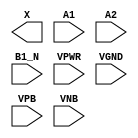
module sky130_fd_sc_hd__a21bo (
    X   ,
    A1  ,
    A2  ,
    B1_N,
    VPWR,
    VGND,
    VPB ,
    VNB
);

    output X   ;
    input  A1  ;
    input  A2  ;
    input  B1_N;
    input  VPWR;
    input  VGND;
    input  VPB ;
    input  VNB ;
endmodule